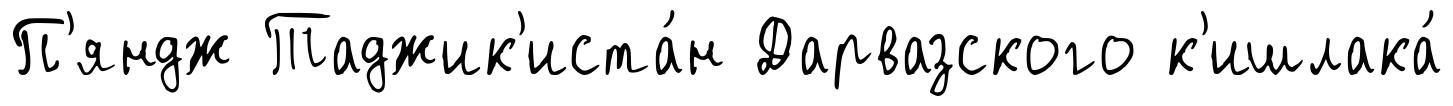
П'яндж Таджик'иста́н Дарвазского к'ишлака́